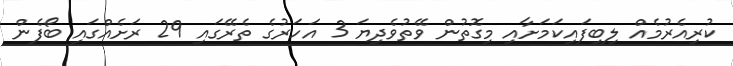
ކުރިއެރުމެއް ލިބިފައިކަމަށާއި މިގޮތުން ވޭތުވެދިޔަ 3 އަހަރުގެ ތެރޭގައި 29 ރަށެއްގައި ބޯފެން